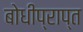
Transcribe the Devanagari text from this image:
बोधीप्राप्त